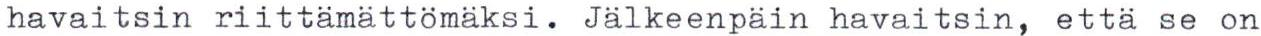
havaitsin riittämättömäksi. Jälkeenpäin havaitsin, että se on